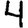
Digit: 4